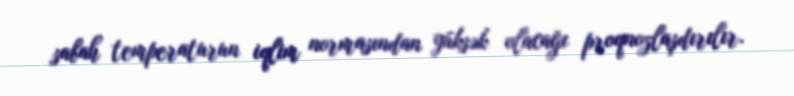
sabah temperaturun iqlim normasından yüksək olacağı proqnozlaşdırılır.